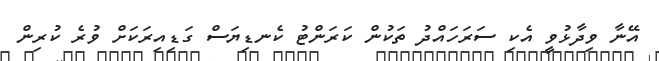
އޭނާ ވިދާޅުވީ އެކި ސަރަހައްދު ތަކުން ކަރަންޓު ކެނޑިޔަސް ގަޑިއިރަކަށް ވުރެ ކުރިން